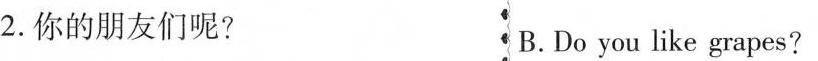
2.你的朋友们呢? B.Do you like grapes?